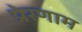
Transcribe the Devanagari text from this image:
प्रेरणाम